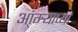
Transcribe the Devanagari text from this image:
आंग्र्‍याच्या